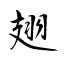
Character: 翅